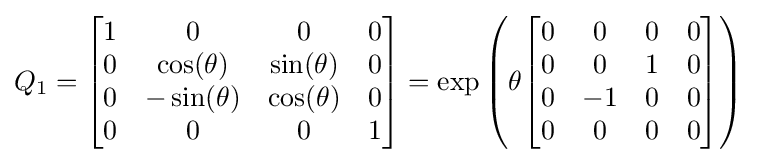
Q_{1}={\begin{bmatrix}1&0&0&0\\0&\cos(\theta )&\sin(\theta )&0\\0&-\sin(\theta )&\cos(\theta )&0\\0&0&0&1\end{bmatrix}}=\exp \left(\theta {\begin{bmatrix}0&0&0&0\\0&0&1&0\\0&-1&0&0\\0&0&0&0\end{bmatrix}}\right)~